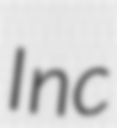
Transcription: Inc